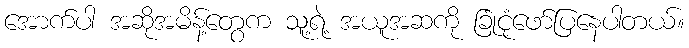
အောက်ပါ အဆိုအမိန့်တွေက သူ့ရဲ့ အယူအဆကို ခြုံငုံဖော်ပြနေပါတယ်။